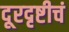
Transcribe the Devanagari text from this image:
दूरदृष्टीचं